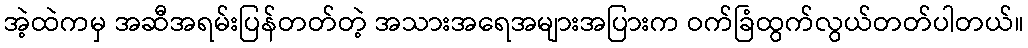
အဲ့ထဲကမှ အဆီအရမ်းပြန်တတ်တဲ့ အသားအရေအများအပြားက ဝက်ခြံထွက်လွယ်တတ်ပါတယ်။